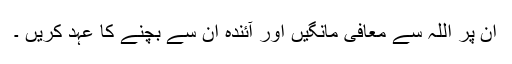
ان پر اللہ سے معافی مانگیں اور آئندہ ان سے بچنے کا عہد کریں ۔